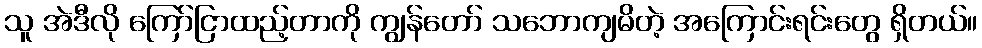
သူ အဲဒီလို ကြော်ငြာထည့်တာကို ကျွန်တော် သဘောကျမိတဲ့ အကြောင်းရင်းတွေ ရှိတယ်။